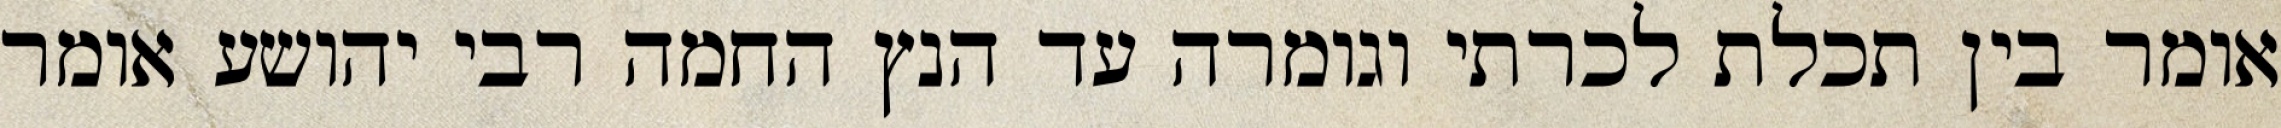
אומר בין תכלת לכרתי וגומרה עד הנץ החמה רבי יהושע אומר